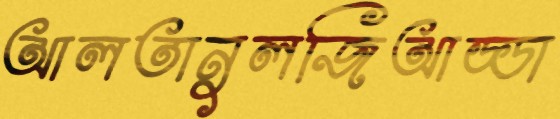
আলতানুলজিআড্ডা